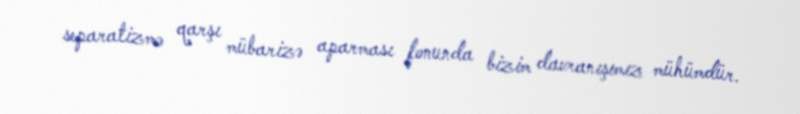
separatizmə qarşı mübarizə aparması fonunda bizim davranışımız mühümdür.